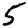
Digit: 5